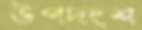
উপদংশ